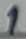
Text: 1